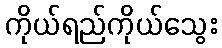
ကိုယ်ရည်ကိုယ်သွေး